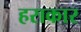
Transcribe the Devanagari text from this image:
हराकार